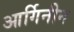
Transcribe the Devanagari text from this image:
आर्गिनीन